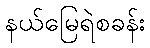
နယ်မြေရဲစခန်း